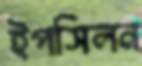
ইপসিলন